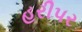
હરીપર